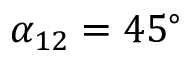
\alpha _ { 1 2 } = 4 5 ^ { \circ }